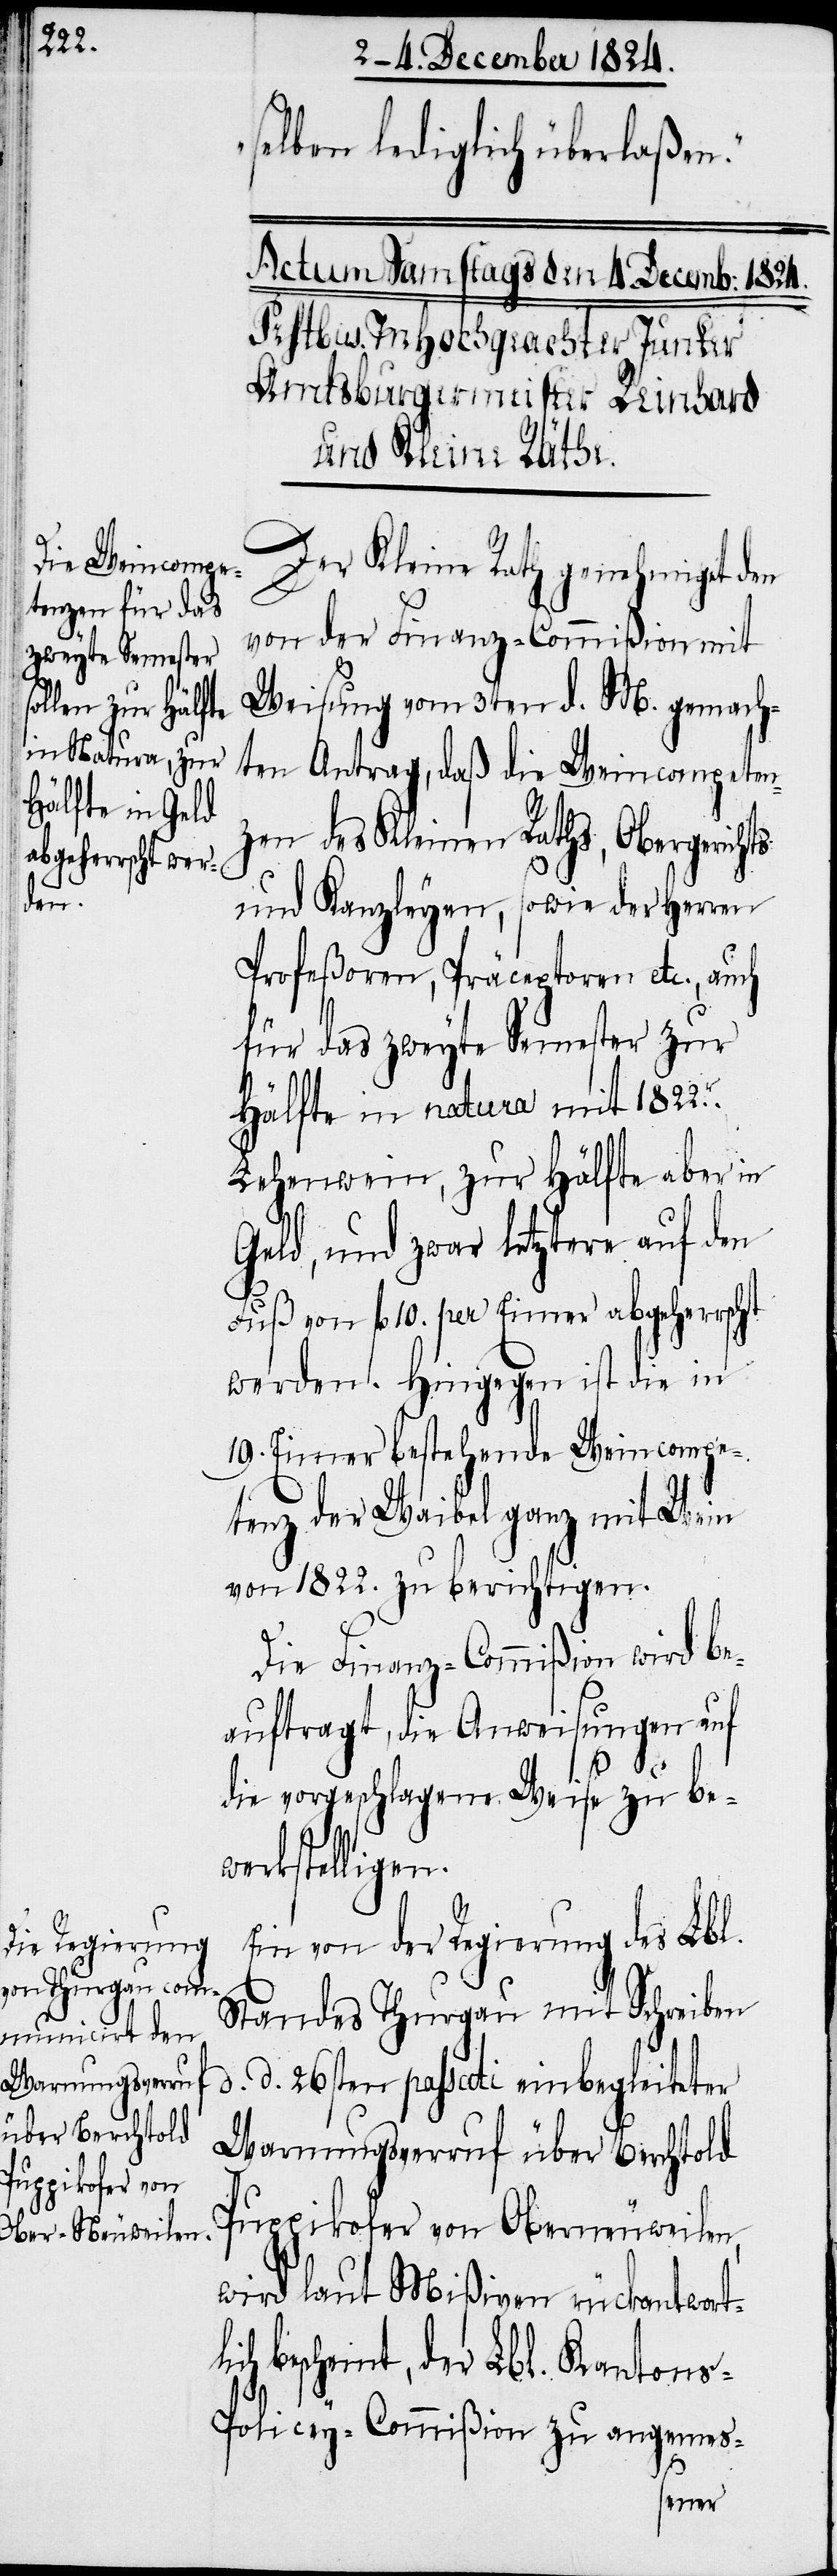
li¬

selben lediglich überlaßen.“
Der Kleine Rath genehmigt den
von der Finanz-Commißion mit
Weisung vom 3ten d. M. gemach¬
ten Antrag, daß die Weincompeten¬
zen des Kleinen Raths, Obergerichts
und Kanzleyen, sowie der Herren
Profeßoren, Präceptoren etc, auch
für das zweyte Semester zur
Hälfte in natura mit 1822r.
Lehenwein, zur Hälfte aber in
Geld, und zwar letztere auf den
Fuß von fl. 10. per Eimer abgerechnet
werden. Hingegen ist die in
19. Eimer bestehende Weincompe¬
tenz der Waibel ganz mit Wein
von 1822. zu berichtigen.
Die Finanz-Commißion wird be¬
auftragt, die Anweisungen auf
die vorgeschlagene Weise zu be¬
werkstelligen.
Ein von der Regierung des Lbl.
Standes Thurgau mit Schreiben
d. d. 26sten passati einbegleiteter
Warnungsverruf über Berchtold
Puppikofer von Oberneuweilen,
wird laut Mißiven rückantwort¬
ch bescheint, der Lbl. Kanton¬
s-Policey-Commißion zu angemes-